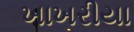
ખાખરીયા